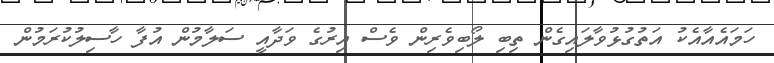
ހަމައެއާއެކު އަތުގުޅުވާލައިގެން ތިބި ލޯބިވެރިން ވެސް އިރުގެ ވަދާއީ ސަލާމުން އުފާ ހާސިލުކުރަމުން